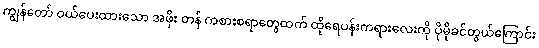
ကျွန်တော် ဝယ်ပေးထားသော အဖိုး တန် ကစားစရာတွေထက် ထိုရေပန်းကရားလေးကို ပိုမိုခင်တွယ်ကြောင်း